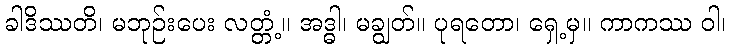
ခါဒိဿတိ၊ မဘုဉ်းပေး လတ္တံ့။ အဒ္ဓါ၊ မချွတ်။ ပုရတော၊ ရှေ့မှ။ ကာကဿ ဝါ၊